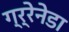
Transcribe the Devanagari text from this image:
ग्र्रेनेडा